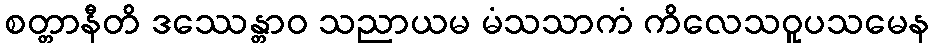
စတ္တာနီတိ ဒဿေန္တာဝ သညာယမ မံသသာကံ ကိလေသဝူပသမေန